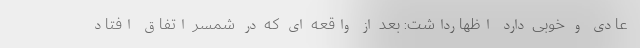
عادی و خوبی دارد اظهارداشت: بعد از واقعه ای که در شمسر اتفاق افتاد